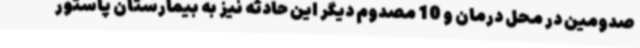
صدومین در محل درمان و 10 مصدوم دیگر این حادثه نیز به بیمارستان پاستور